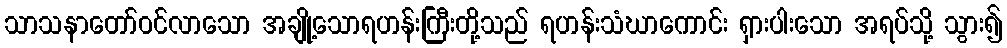
သာသနာတော်ဝင်လာသော အချို့သောရဟန်းကြီးတို့သည် ရဟန်းသံဃာကောင်း ရှားပါးသော အရပ်သို့ သွား၍